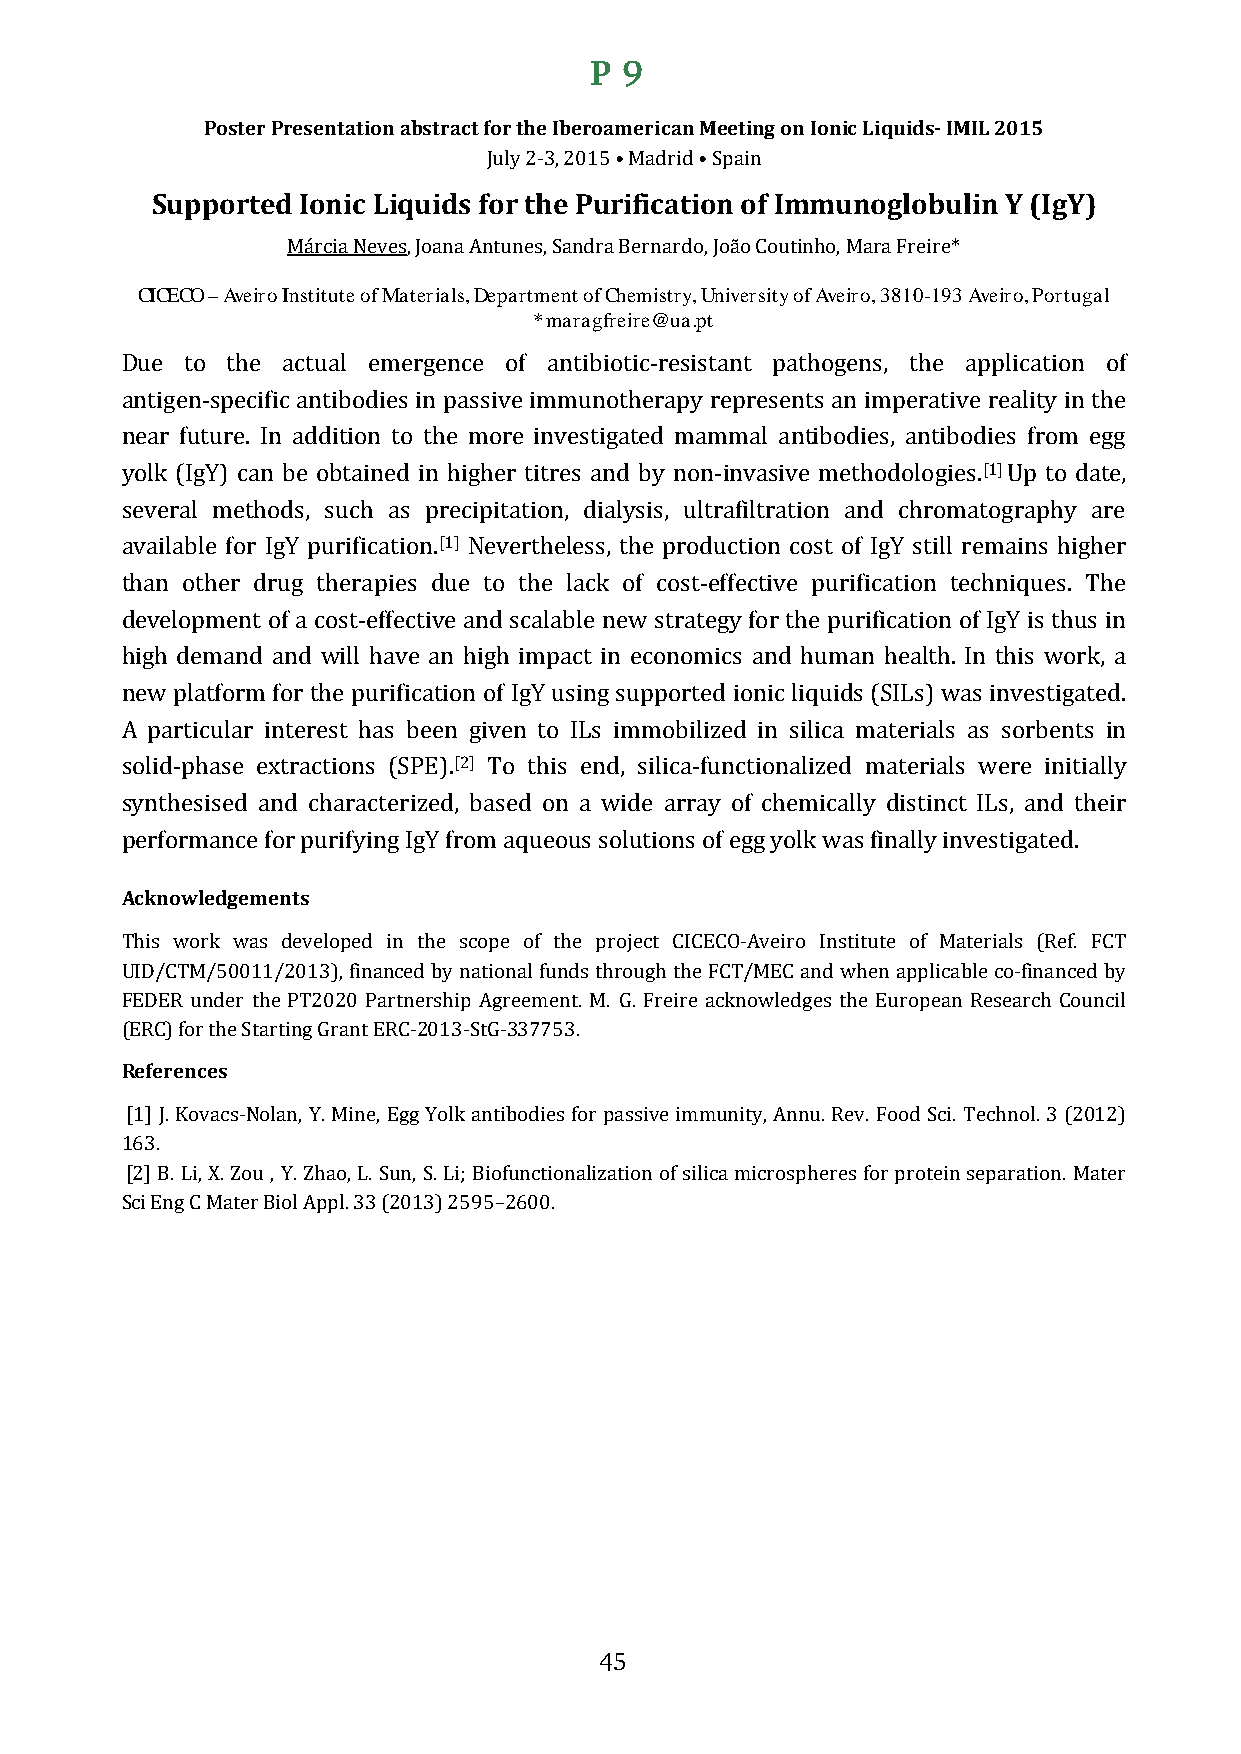
P 9
 Poster Presentation abstract for the Iberoamerican Meeting on Ionic Liquids- IMIL 2015
 Supported Ionic Liquids fJoulry t2h-3e, 2 P01u5 r•i Mfiacdaritdi •o Snpa oinf Immunoglobulin Y (IgY)
 CICECO – Aveiro IMnsátritcuiate N oefv Mesa,t Jeoraianlas ,A Dnetpuanretsm, eSnatn odfr aC hBeemrnisatrrdy,o U, Jnoiãvoer Csiotuy toinf hAove, Miroa,r 3a8 F1r0e-i1re9*3 Aveiro, Portugal
 * maragfreire@ua.pt
 Due to the actual emergence of antibiotic-resistant pathogens, the application of
 antigen-specific antibodies in passive immunotherapy represents an imperative reality in the
 near future. In addition to the more investigated mammal antibodies, antibodies from egg
 [1]
 yolk (IgY) can be obtained in higher titres and by non-invasive methodologies. Up to date,
 several methods, such as precipitation, dialysis, ultrafiltration and chromatography are
 [1]
 available for IgY purification. Nevertheless, the production cost of IgY still remains higher
 than other drug therapies due to the lack of cost-effective purification techniques. The
 development of a cost-effective and scalable new strategy for the purification of IgY is thus in
 high demand and will have an high impact in economics and human health. In this work, a
 new platform for the purification of IgY using supported ionic liquids (SILs) was investigated.
 A particular interest has been given to ILs immobilized in silica materials as sorbents in
 [2]
 solid-phase extractions (SPE). To this end, silica-functionalized materials were initially
 synthesised and characterized, based on a wide array of chemically distinct ILs, and their
 pAcekrnfoorwmleadngceem feonrt sp urifying IgY from aqueous solutions of egg yolk was finally investigated.
 This work was developed in the scope of the project CICECO-Aveiro Institute of Materials (Ref. FCT
 UID/CTM/50011/2013), financed by national funds through the FCT/MEC and when applicable co-financed by
 FEDER under the PT2020 Partnership Agreement. M. G. Freire acknowledges the European Research Council
 (REeRfeCr)e fnorc ethse Starting Grant ERC-2013-StG-337753.
 [1] J. Kovacs-Nolan, Y. Mine, Egg Yolk antibodies for passive immunity, Annu. Rev. Food Sci. Technol. 3 (2012)
 163.
 [2] B. Li, X. Zou , Y. Zhao, L. Sun, S. Li; Biofunctionalization of silica microspheres for protein separation. Mater
 Sci Eng C Mater Biol Appl. 33 (2013) 2595–2600.
 45